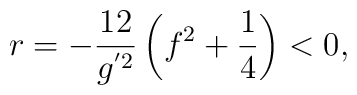
r=-\frac{12}{g^{'2}}\left(f^{2}+\frac{1}{4} \right)<0,